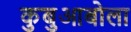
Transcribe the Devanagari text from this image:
कुबुआबोला